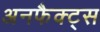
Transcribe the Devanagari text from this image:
अनफैक्ट्स